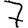
Digit: 7